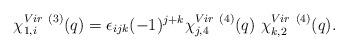
LaTeX: \begin{align*}\chi^{Vir~(3)}_{1,i} (q) = \epsilon_{ijk} (-1)^{j+k}\chi^{Vir~(4)}_{j,4} (q)~\chi^{Vir~(4)}_{k,2} (q).\end{align*}